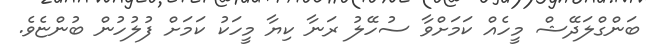
ބަންގްލަދޭޝް މީހެއް ކަމަށްވާ ސުހޭލު ރަނާ ކިޔާ މީހަކު ކަމަށް ފުލުހުން ބުންޏެވެ.